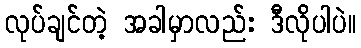
လုပ်ချင်တဲ့ အခါမှာလည်း ဒီလိုပါပဲ။